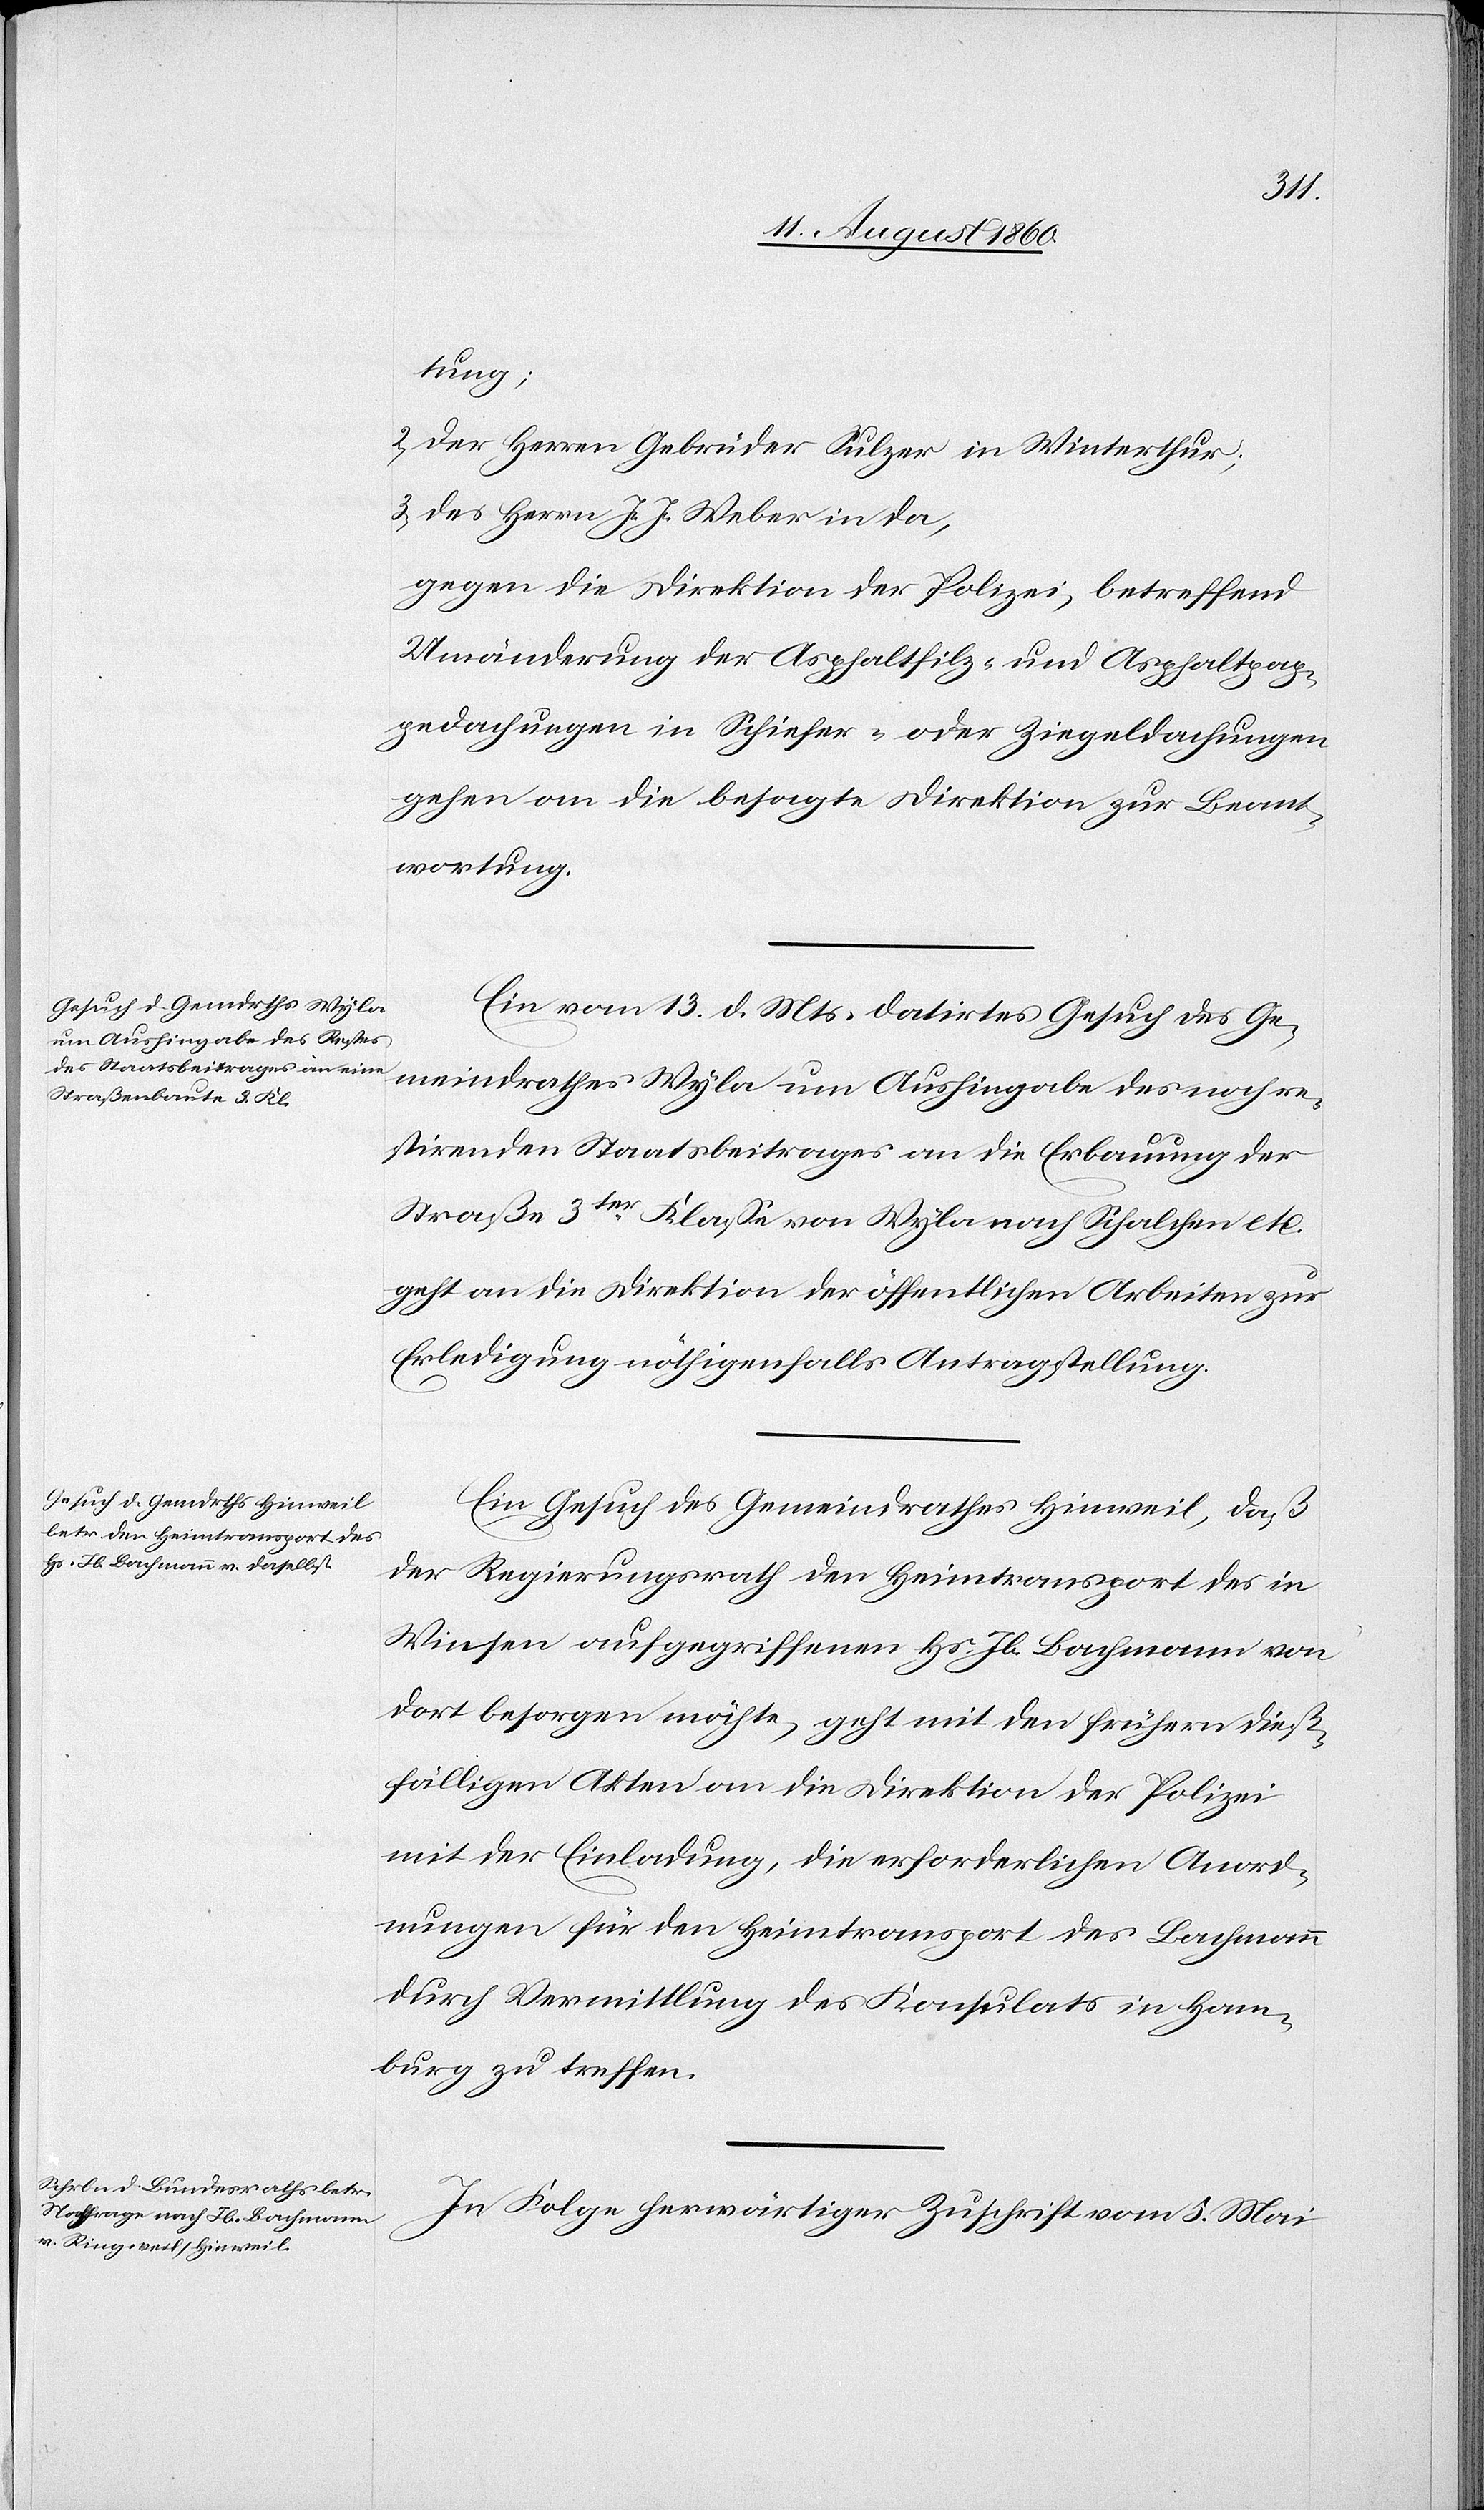
16. August 1860.]
tung,
2) Der Herren Gebrüder Sulzer in Winterthur
3) des Herrn J. J. Weber in da,
gegen die Direktion der Polizei betreffend
Umänderung der Asphaltfilz- u. Asphaltpap¬
pedachungen in Schiefer- oder Ziegeldachungen
gegen an die besagte Direktion zur Beant¬
wortung.
Ein vom 13. d. Mts. datirtes Gesuch des Ge¬
meindrathes Wyla um Aushingabe des noch re¬
stirenden Staatsbeitrages an die Erbauung der
Strasse 3tr Classe von Wyla nach Schalchen etc.
geht an die Direktion der öffentlichen Arbeiten zur
Erledigung nöthigenfalls Antragstellung.
Ein Gesuch des Gemeindrathes Hinweil, dass
der Regierungsrath den Heimtransport des in
Winsen aufgegriffenen Hs. Jb. Bachmann von
dort besorgen möchte, geht mit den frühern dies¬
fälligen Akten an die Direktion der Polizei
mit der Einladung, die erforderlichen Anord¬
nungen für den Heimtransport des Bachmann
durch Vermittlung des Konsulats in Ham¬
burg zu treffen.
In Folge herwärtiger Zuschrift vom 5. Mai